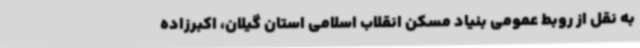
به نقل از روبط عمومی بنیاد مسکن انقلاب اسلامی استان گیلان، اکبرزاده